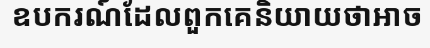
ឧបករណ៍ដែលពួកគេនិយាយថាអាច